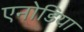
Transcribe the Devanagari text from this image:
एनोडिया